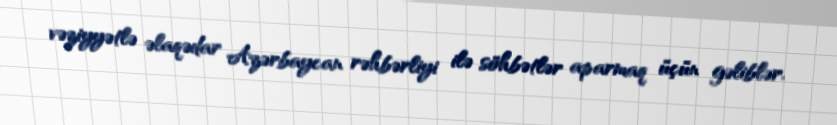
vəziyyətlə əlaqədar Azərbaycan rəhbərliyi ilə söhbətlər aparmaq üçün gəliblər.